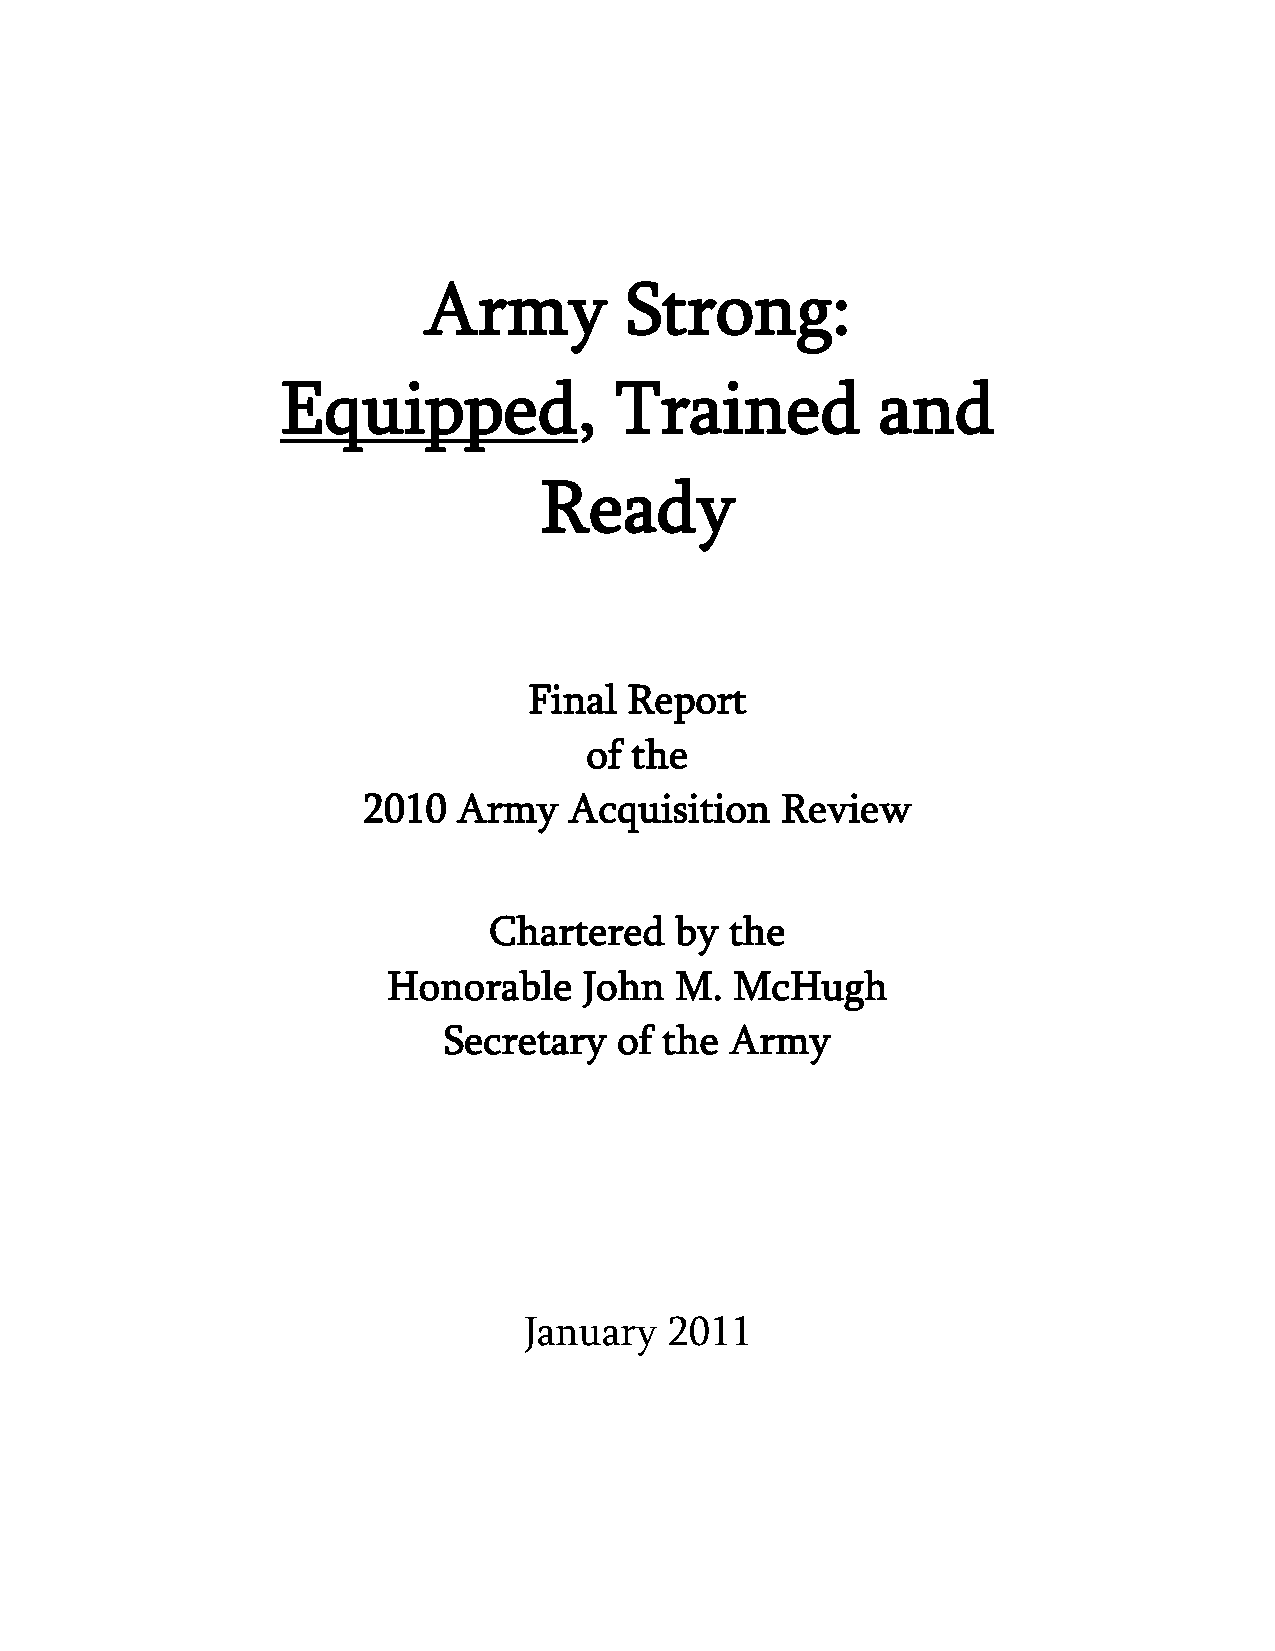
Army         Strong:
 Equipped,             Trained          and
 Ready
 Final  Report
 of the
 2010  Army    Acquisition   Review
 Chartered    by the
 Honorable    John  M.  McHugh
 Secretary   of the Army
 January  2011